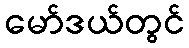
မော်ဒယ်တွင်